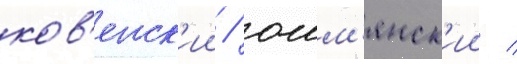
ков'енск'ии / ошм'янск'ии /